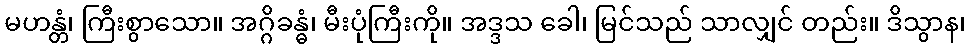
မဟန္တံ၊ ကြီးစွာသော။ အဂ္ဂိခန္ဓံ၊ မီးပုံကြီးကို။ အဒ္ဒသ ခေါ၊ မြင်သည် သာလျှင် တည်း။ ဒိသွာန၊